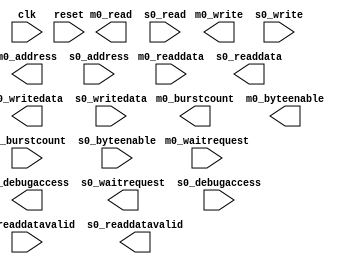
// This program was cloned from: https://github.com/stanford-ppl/spatial-lang
// License: MIT License

module pr_region_default_mm_bridge_1 #(
		parameter DATA_WIDTH        = 512,
		parameter SYMBOL_WIDTH      = 8,
		parameter HDL_ADDR_WIDTH    = 32,
		parameter BURSTCOUNT_WIDTH  = 5,
		parameter PIPELINE_COMMAND  = 1,
		parameter PIPELINE_RESPONSE = 1
	) (
		input  wire                        clk,              //   clk.clk
		input  wire                        m0_waitrequest,   //    m0.waitrequest
		input  wire [DATA_WIDTH-1:0]       m0_readdata,      //      .readdata
		input  wire                        m0_readdatavalid, //      .readdatavalid
		output wire [BURSTCOUNT_WIDTH-1:0] m0_burstcount,    //      .burstcount
		output wire [DATA_WIDTH-1:0]       m0_writedata,     //      .writedata
		output wire [HDL_ADDR_WIDTH-1:0]   m0_address,       //      .address
		output wire                        m0_write,         //      .write
		output wire                        m0_read,          //      .read
		output wire [63:0]                 m0_byteenable,    //      .byteenable
		output wire                        m0_debugaccess,   //      .debugaccess
		input  wire                        reset,            // reset.reset
		output wire                        s0_waitrequest,   //    s0.waitrequest
		output wire [DATA_WIDTH-1:0]       s0_readdata,      //      .readdata
		output wire                        s0_readdatavalid, //      .readdatavalid
		input  wire [BURSTCOUNT_WIDTH-1:0] s0_burstcount,    //      .burstcount
		input  wire [DATA_WIDTH-1:0]       s0_writedata,     //      .writedata
		input  wire [HDL_ADDR_WIDTH-1:0]   s0_address,       //      .address
		input  wire                        s0_write,         //      .write
		input  wire                        s0_read,          //      .read
		input  wire [63:0]                 s0_byteenable,    //      .byteenable
		input  wire                        s0_debugaccess    //      .debugaccess
	);
endmodule